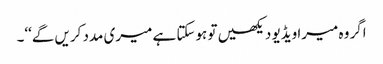
اگر وہ میرا ویڈیو دیکھیں تو ہوسکتا ہے میری مدد کریں گے‘‘۔